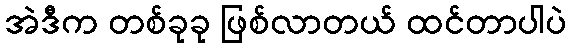
အဲဒီက တစ်ခုခု ဖြစ်လာတယ် ထင်တာပါပဲ